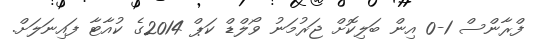
ފްރާންސް 1-0 އިން ބަލިކޮށް ޖަރުމަނު ވޯލްޑް ކަޕް 2014ގެ ކުއާޓާ ފައިނަލަށް.